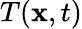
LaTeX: T(\mathbf{x},t)